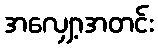
အလျှော့အတင်း